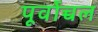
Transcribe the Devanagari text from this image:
पूर्वोच्चल